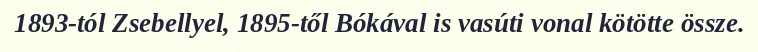
1893-tól Zsebellyel, 1895-től Bókával is vasúti vonal kötötte össze.